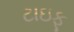
ટાઇફૂ